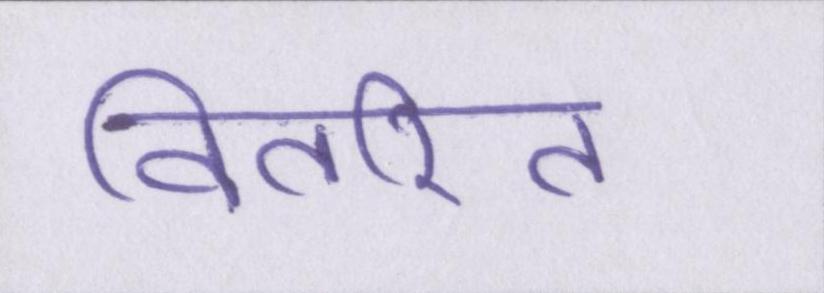
वितरित